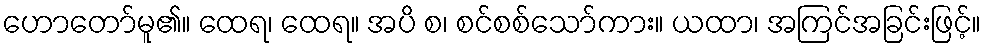
ဟောတော်မူ၏။ ထေရ၊ ထေရ။ အပိ စ၊ စင်စစ်သော်ကား။ ယထာ၊ အကြင်အခြင်းဖြင့်။